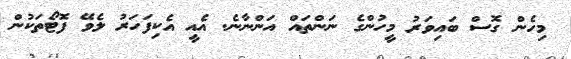
މިހެން ގޮސް ބައިވަރު މީހުންގެ ނަންތައް އަންނާނެ. އެއީ އެކިފަހަރު ލެވޭ ފޮޓޯތަކުން